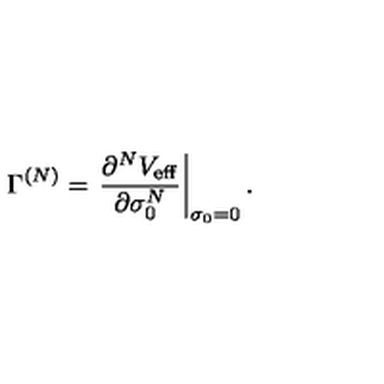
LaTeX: \Gamma ^ { ( N ) } = \left. \frac { \partial ^ { N } V _ { \mathrm { e f f } } } { \partial \sigma _ { 0 } ^ { N } } \right| _ { \sigma _ { 0 } = 0 } .